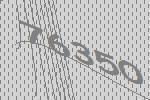
76350